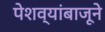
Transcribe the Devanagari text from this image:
पेशव्यांबाजूने